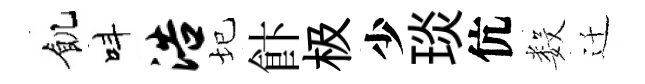
飢呌浩圮飰极少琰伉数迁